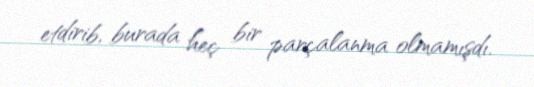
etdirib, burada heç bir parçalanma olmamışdı.